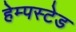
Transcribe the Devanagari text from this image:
हेम्पस्टेड